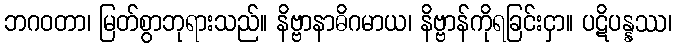
ဘဂဝတာ၊ မြတ်စွာဘုရားသည်။ နိဗ္ဗာနာဓိဂမာယ၊ နိဗ္ဗာန်ကိုရခြင်းငှာ။ ပဋိပန္နဿ၊